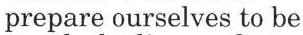
prepare ourselves to be